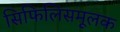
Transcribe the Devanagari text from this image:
सिफिलिसमूलक